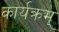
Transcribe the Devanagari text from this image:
कार्यक्रम्